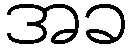
အခ